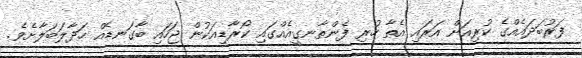
ފަރުބަދައެއްގެ ކުރިއަށް އަރައި އެތާ ހުރި ފެންތާނގީއެއްގައި ކޯރާޑިއަކުން ޖަހައި ބާގަނޑެއް ހަދާލަބަލާށެވެ.